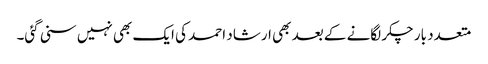
متعدد بار چکر لگانے کے بعد بھی ارشاد احمد کی ایک بھی نہیں سنی گئی۔